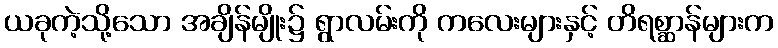
ယခုကဲ့သို့သော အချိန်မျိုး၌ ရွာလမ်းကို ကလေးများနှင့် တိရစ္ဆာန်များက